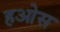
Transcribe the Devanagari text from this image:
हओस